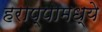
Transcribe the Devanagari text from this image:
हराप्पामध्ये